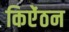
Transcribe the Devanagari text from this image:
किऐंठन